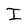
Character: I